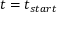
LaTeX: t = t _ { s t a r t }